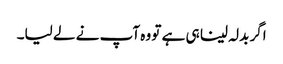
اگر بدلہ لینا ہی ہے تو وہ آپ نے لے لیا۔